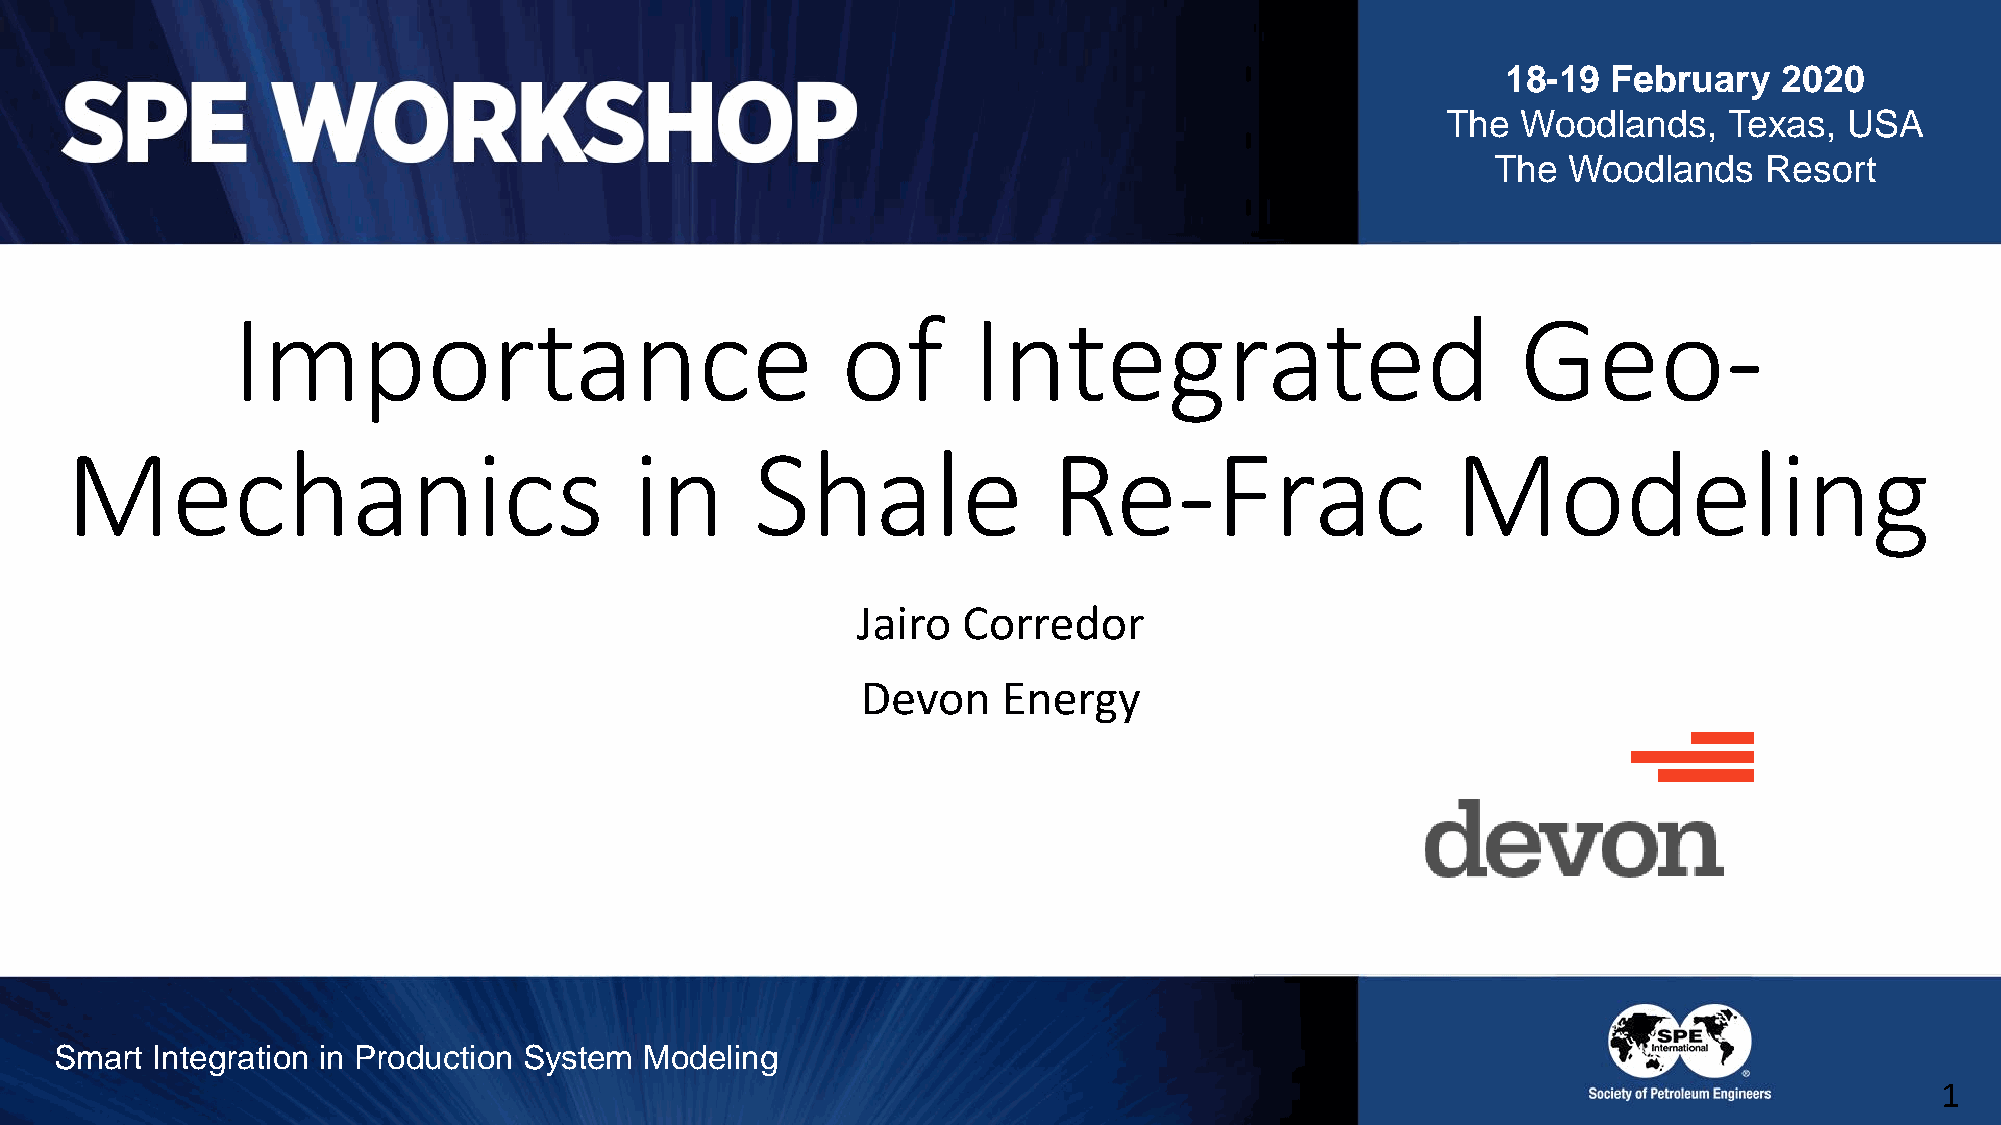
18-19  February   2020
 The  Woodlands,   Texas,  USA
 The  Woodlands    Resort
 Importance                               of      Integrated                           Geo-
 Mechanics                             in      Shale               Re-Frac                   Modeling
 21-23  April 2015
 Jairo  Corredor
 Devon    Energy
 Smart Integration in Production System Modeling
 11